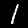
Digit: 1